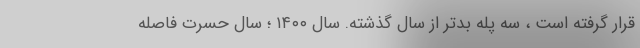
قرار گرفته است ، سه پله بدتر از سال گذشته. سال ۱۴۰۰ ؛ سال حسرت فاصله